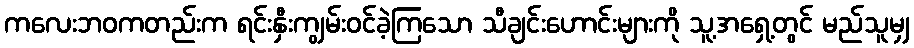
ကလေးဘဝကတည်းက ရင်းနှီးကျွမ်းဝင်ခဲ့ကြသော သီချင်းဟောင်းများကို သူ့အရှေ့တွင် မည်သူမျှ